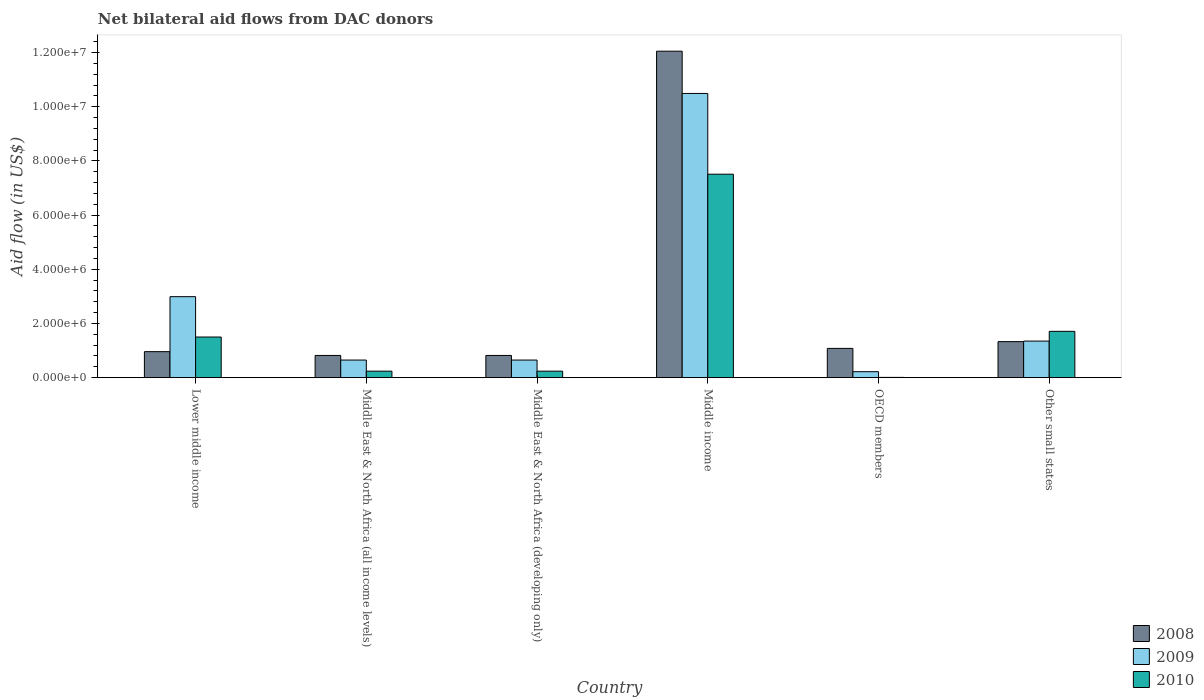
| Country | 2008 | 2009 | 2010 |
 | --- | --- | --- | --- |
 | Lower middle income | 9.6e+05 | 2.99e+06 | 1.5e+06 |
 | Middle East & North Africa (all income levels) | 8.2e+05 | 6.5e+05 | 2.4e+05 |
 | Middle East & North Africa (developing only) | 8.2e+05 | 6.5e+05 | 2.4e+05 |
 | Middle income | 1.20e+07 | 1.05e+07 | 7.51e+06 |
 | OECD members | 1.08e+06 | 2.2e+05 | 1e+04 |
 | Other small states | 1.33e+06 | 1.35e+06 | 1.71e+06 |